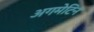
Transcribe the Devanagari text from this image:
अगमेटिन